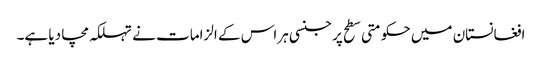
افغانستان میں حکومتی سطح پر جنسی ہراس کے الزامات نے تہلکہ مچا دیا ہے۔